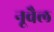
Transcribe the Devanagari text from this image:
नूवैल